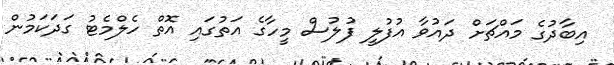
އިބާދުގެ މައްޗަށް ދައުވާ އުފުލީ ފުލުސް މީހާގެ އަތުގައި އޮތް ހެލްމެޓު ގަދަކަމުން